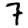
Digit: 7